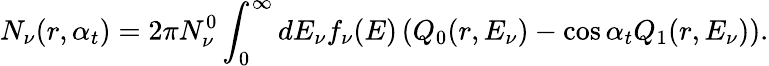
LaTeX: N_{\nu}(r,\alpha_{t})=2\pi N_{\nu}^{0}\int_{0}^{\infty}dE_{\nu}f_{\nu}(E)\left(Q_{0}(r,E_{\nu})-\cos\alpha_{t}Q_{1}(r,E_{\nu})\right).